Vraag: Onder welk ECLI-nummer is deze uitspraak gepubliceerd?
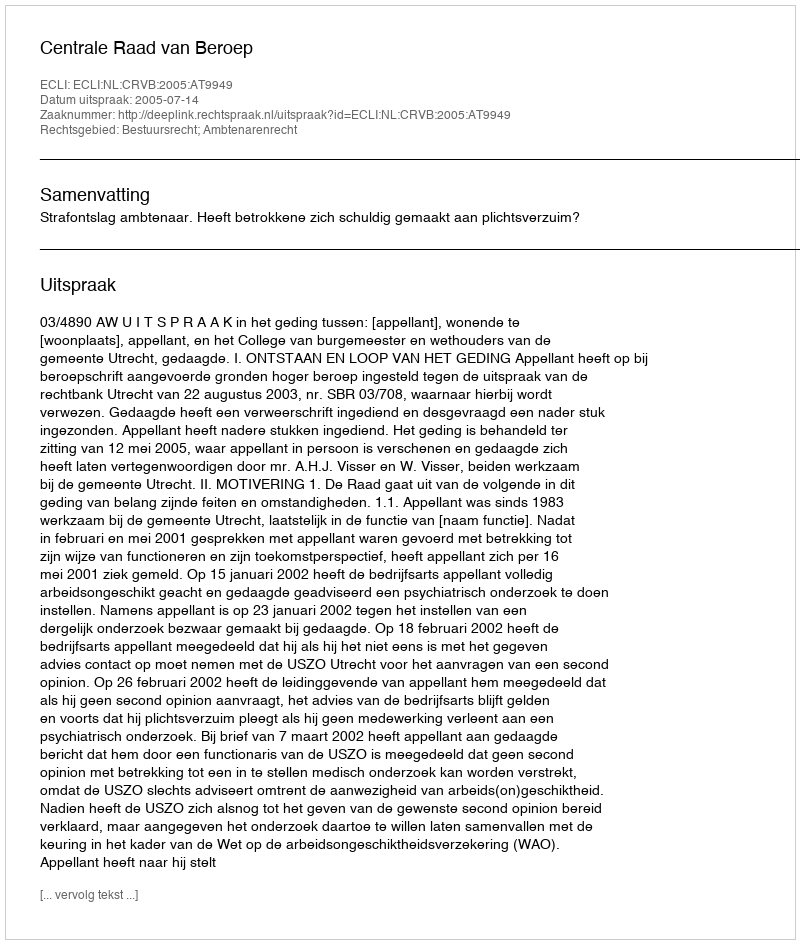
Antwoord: ECLI:NL:CRVB:2005:AT9949